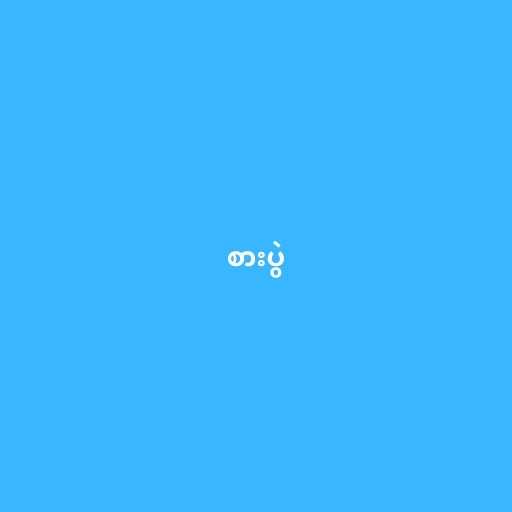
စားပွဲ